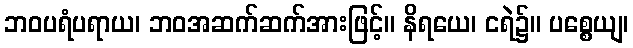
ဘဝပရံပရာယ၊ ဘဝအဆက်ဆက်အားဖြင့်။ နိရယေ၊ ငရဲ၌။ ပစ္စေယျ၊